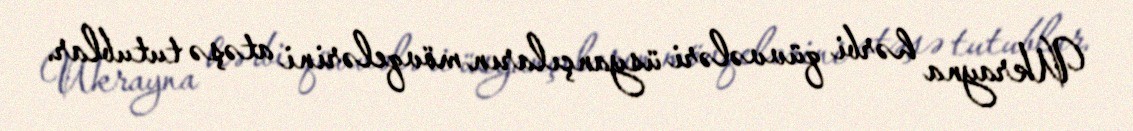
Ukrayna hərbi qüvvələri üsyançıların mövqelərini atəşə tutublar.